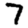
Digit: 7